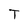
Character: T